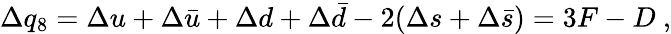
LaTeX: \Delta q_{8}=\Delta u+\Delta\bar{u}+\Delta d+\Delta\bar{d}-2(\Delta s+\Delta\bar{s})=3F-D~,